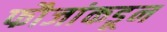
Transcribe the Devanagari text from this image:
फौजांकडून